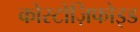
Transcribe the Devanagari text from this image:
कोस्टोज़िफोइड